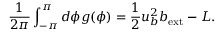
\frac { 1 } { 2 \pi } \int _ { - \pi } ^ { \pi } d \phi g ( \phi ) = \frac { 1 } { 2 } u _ { b } ^ { 2 } b _ { \mathrm { e x t } } - L .